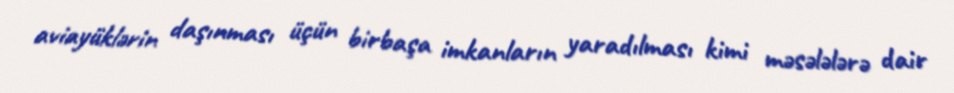
aviayüklərin daşınması üçün birbaşa imkanların yaradılması kimi məsələlərə dair